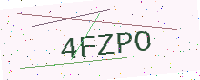
Text: 4FZPO